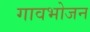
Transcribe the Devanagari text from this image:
गावभोजन